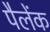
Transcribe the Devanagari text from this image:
पैलेंक